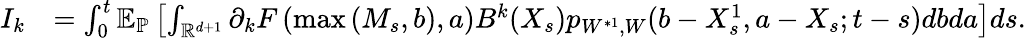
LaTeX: \begin{array}{rl}{I_{k}}&{=\int_{0}^{t}{\mathbb E}_{\mathbb{P}}\left[\int_{{\mathbb R}^{d+1}}{{\partial_{k}}}F\left(\operatorname*{max}\left(M_{s},b\right),a\right)B^{k}(X_{s})p_{W^{*1},W}(b-X_{s}^{1},a-X_{s};t-s)dbda\right]ds.}\end{array}